Civil Veterinary Department Bihar & Orissa reports 1922-29 - 1922-1929
Year: 1922
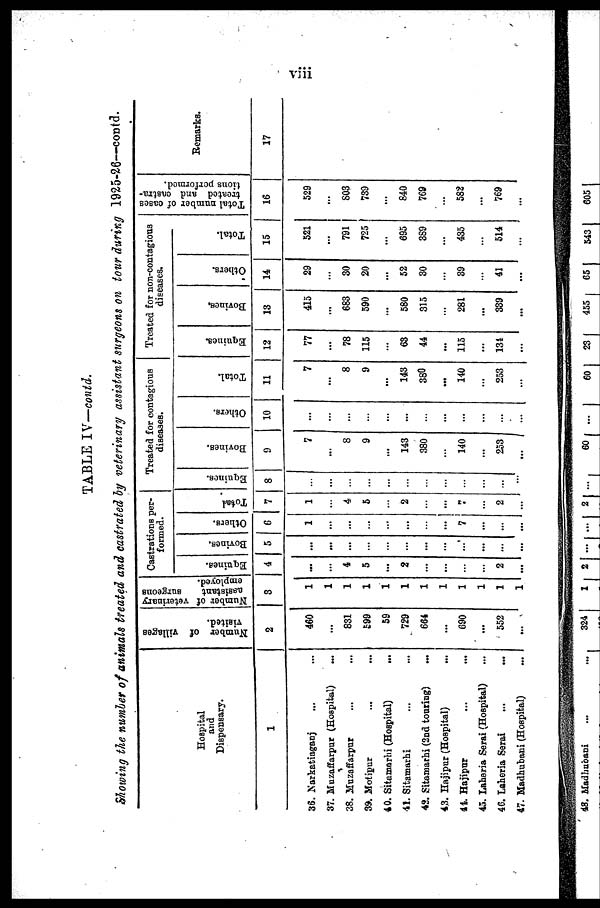
TABLE IV—contd.
Showing the number of animals treated and castrated ly veterinary assistant surgeons on tour during 1925-26—contd.
Hospital
and
Dispensary.
1
36. Narkatiaganj
37. Muzaffarpur (Hospital)
38. Muzaffarpnr
39. Motipur
40. Sitaznarhi (Hospital)
...
41. Sitamarhi
43. Sitamarhi (2nd touring)
...
43. Hajipur (Hospital)
44. Hajipur
...
...
45. Laheria Serai (Hospital)
46. Laheria Serai
...
...
47. Madhubani (Hospital)
Number of villages
visited.
2
460
...
831
399
59
729
664
...
690
...
552
...
Number of veterinary
assistant
Burgeons
employed.
3
Castrations per-
formed.
Equinea.
4
...
...
4
5
...
2
...
...
2
...
Bovines.
5
...
...
...
...
...
...
...
...
Others.
6
1
...
...
...
...
...
7
...
... ...
... ...
Total
7
1
4
5
...
2
...
...
7
2
...
Created for contagious
diseases.
Equines.
8
...
...
...
...
...
...
...
...
...
...
...
...
Bovines.
9
7
...
8
9
...
143
380
140
Others.
10
...
...
...
...
...
...
...
...
253
...
. . . ...
Total.
11
7
...
8
9
...
143
380
...
140
...
253
...
Treated for non-contagious
diseases.
Eqniues.
12
77
...
78
115
...
63
44
...
115
...
134
Bovines.
13
415
.
683
590
...
580
315
...
281
...
339
...
Others.
14
29
...
30
20
...
52
30
...
39
...
41
...
Total.
15
521
...
791
725
...
695
389
...
435
...
514
...
Total number of oases
treated and castra-
tions performed.
16
529
...
803
739
...
840
769
...
582
...
769
Remarks.
17